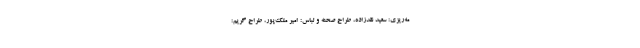
مه‌ریزی: سعید نقدزاده، طراح صحنه و لباس: امیر ملک‌پور، طراح گریم: